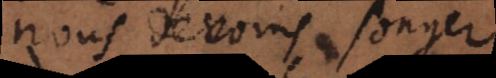
nous devons songer